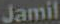
Jamil